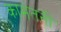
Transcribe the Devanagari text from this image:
कामतनी